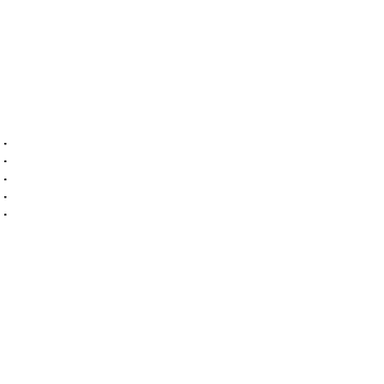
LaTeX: \begin{array} { c } { . } \\ { . } \\ { . } \\ { . } \\ { { } . } \\ \end{array}